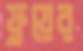
ফ্লুয়ের